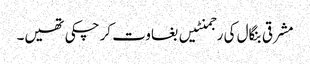
مشرقی بنگال کی رجمنٹیں بغاوت کر چکی تھیں۔